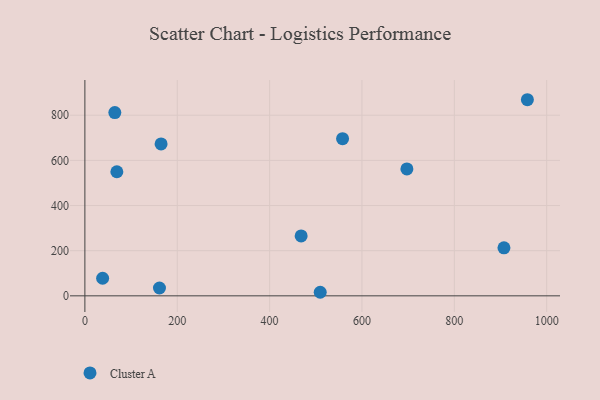
{"axis": {"x": "Distance", "y": "Exam Score"}, "legend": ["Cluster A"], "data": [{"x": "558.0", "y": 696.1, "type": "Cluster A"}, {"x": "64.8", "y": 811.6, "type": "Cluster A"}, {"x": "69.2", "y": 549.7, "type": "Cluster A"}, {"x": "907.5", "y": 212.6, "type": "Cluster A"}, {"x": "509.6", "y": 15.8, "type": "Cluster A"}, {"x": "958.2", "y": 868.7, "type": "Cluster A"}, {"x": "161.5", "y": 34.7, "type": "Cluster A"}, {"x": "697.3", "y": 562.1, "type": "Cluster A"}, {"x": "38.4", "y": 77.9, "type": "Cluster A"}, {"x": "165.0", "y": 672.7, "type": "Cluster A"}, {"x": "468.3", "y": 265.4, "type": "Cluster A"}]}